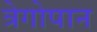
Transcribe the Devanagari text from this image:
त्रेगोपान